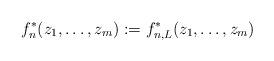
LaTeX: \begin{align*} f^*_n(z_1,\ldots,z_m):=f^*_{n,L}(z_1,\ldots,z_m) \end{align*}